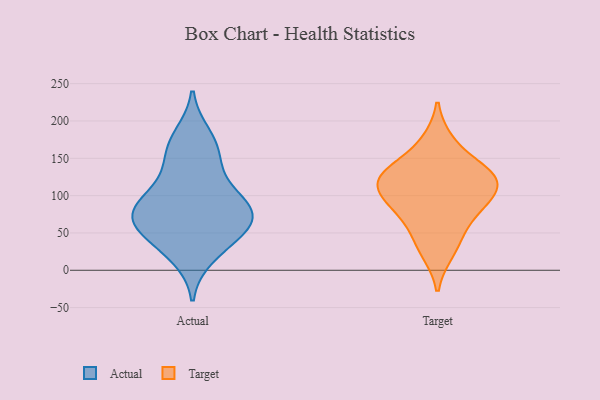
{"axis": {"x": "Active Users", "y": "Value"}, "legend": ["Actual", "Target"], "data": [{"x": "", "y": 55, "type": "Actual"}, {"x": "", "y": 180, "type": "Actual"}, {"x": "", "y": 76, "type": "Actual"}, {"x": "", "y": 90, "type": "Actual"}, {"x": "", "y": 87, "type": "Actual"}, {"x": "", "y": 167, "type": "Actual"}, {"x": "", "y": 154, "type": "Actual"}, {"x": "", "y": 71, "type": "Actual"}, {"x": "", "y": 32, "type": "Actual"}, {"x": "", "y": 106, "type": "Actual"}, {"x": "", "y": 132, "type": "Actual"}, {"x": "", "y": 54, "type": "Actual"}, {"x": "", "y": 19, "type": "Actual"}, {"x": "", "y": 63, "type": "Actual"}, {"x": "", "y": 79, "type": "Actual"}, {"x": "", "y": 48, "type": "Target"}, {"x": "", "y": 113, "type": "Target"}, {"x": "", "y": 128, "type": "Target"}, {"x": "", "y": 173, "type": "Target"}, {"x": "", "y": 91, "type": "Target"}, {"x": "", "y": 24, "type": "Target"}, {"x": "", "y": 116, "type": "Target"}, {"x": "", "y": 93, "type": "Target"}, {"x": "", "y": 75, "type": "Target"}, {"x": "", "y": 133, "type": "Target"}, {"x": "", "y": 133, "type": "Target"}]}